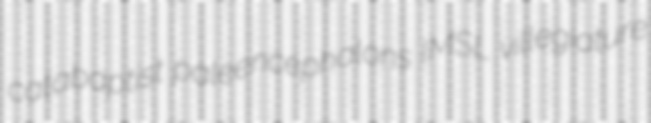
catabaptist paleencephalons IMSL villegiature